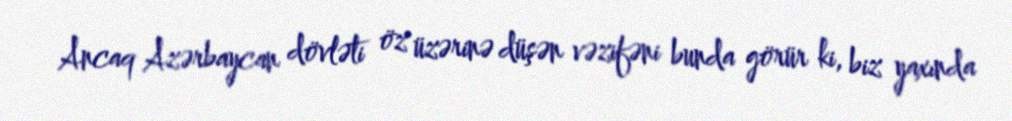
Ancaq Azərbaycan dövləti öz üzərinə düşən vəzifəni bunda görür ki, biz yaxında